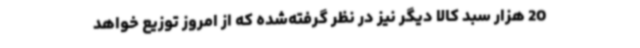
20 هزار سبد کالا دیگر نیز در نظر گرفته‌شده که از امروز توزیع خواهد